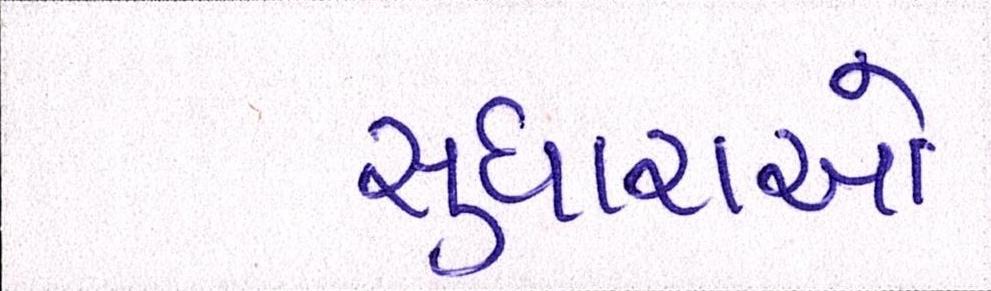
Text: સુધારાઓ